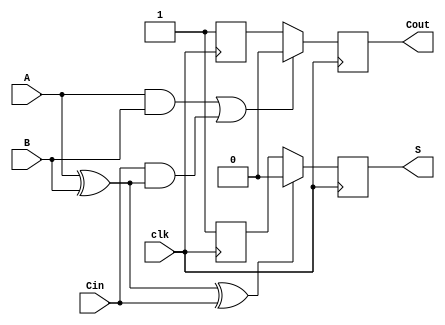
module dynamic_full_adder (
    input wire A,      // First input bit
    input wire B,      // Second input bit
    input wire Cin,    // Carry-in bit
    input wire clk,    // Clock signal
    output reg S,      // Sum output
    output reg Cout    // Carry-out output
);

    // Internal signals for precharge and evaluation
    reg S_precharge, Cout_precharge;
    wire S_eval, Cout_eval;

    // Precharge phase (when clk is low)
    always @(negedge clk) begin
        S_precharge <= 1'b1;      // Precharge S to 1
        Cout_precharge <= 1'b1;   // Precharge Cout to 1
    end

    // Evaluation phase (when clk is high)
    always @(posedge clk) begin
        // Evaluate the sum output
        S_eval = A ^ B ^ Cin; // S = A  B  Cin
        // Evaluate the carry-out output
        Cout_eval = (A & B) | (Cin & (A ^ B)); // Cout = (A  B) + (Cin  (A  B))

        // Assign evaluated values to outputs
        S <= S_eval ? 1'b0 : S_precharge; // If S_eval is true, set S to 0 (discharge)
        Cout <= Cout_eval ? 1'b0 : Cout_precharge; // If Cout_eval is true, set Cout to 0 (discharge)
    end

endmodule